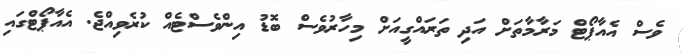
ވެސް އެއާޕޯޓް މަރާމާތަށް އަދި ތަރައްގީއަށް މިހާރުވެސް ބޮޑު އިންވެސްޓެއް ކުރެވިއްޖެ. އެއާޕޯޓްގައި